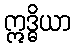
ဣဒ္ဓိယာ